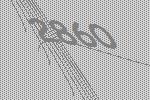
2860